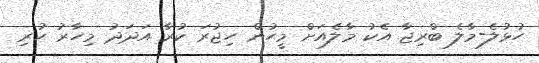
ހުޅުލެ-މާލެ ބްރިޖާ އެކު މާލެއަށް މީހުން ހިޖުރަ ކުރާ އަދަދު މިހާރު ހުރި